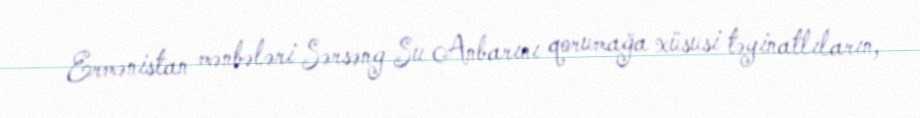
Ermənistan mənbələri Sərsəng Su Anbarını qorumağa xüsusi təyinatlıların,